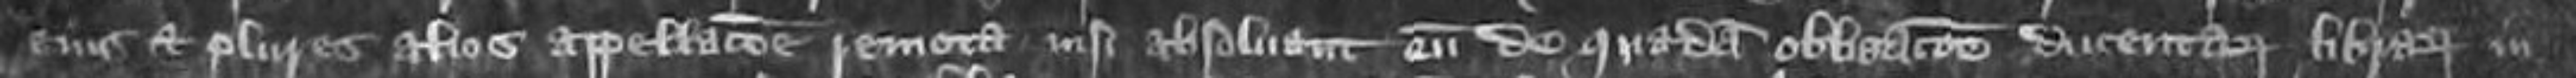
eius et plures alios appellatione remota nisi absolvant eum de quadam obligationem ducentarum librarum in